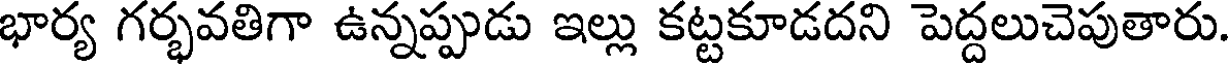
భార్య గర్భవతిగా ఉన్నప్పుడు ఇల్లు కట్టకూడదని పెద్దలుచెపుతారు.